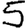
Digit: 5